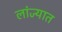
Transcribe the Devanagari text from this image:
लांज्यात